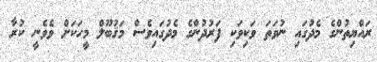
ރައްޔިތުންގެ މެދުގައި ނުވަތަ ވަކިވަކި ފަރުދުންގެ މެދުގައިވެސް މަޤުބޫލް މީހަކަށް ވެވެނީ ކުރާ